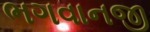
ભગવાનજી